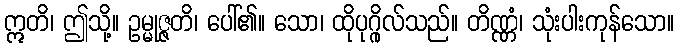
ဣတိ၊ ဤသို့။ ဥမ္မုဇ္ဇတိ၊ ပေါ်၏။ သော၊ ထိုပုဂ္ဂိုလ်သည်။ တိဏ္ဏံ၊ သုံးပါးကုန်သော။